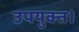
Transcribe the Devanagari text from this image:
उपयुक्त।